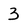
Character: 3